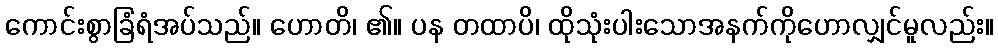
ကောင်းစွာခြံရံအပ်သည်။ ဟောတိ၊ ၏။ ပန တထာပိ၊ ထိုသုံးပါးသောအနက်ကိုဟောလျှင်မူလည်း။